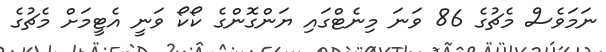
ނަމަވެސް މެޗުގެ 86 ވަނަ މިނެޓްގައި ޔަންގޮންގެ ކޯކޯ ވަނީ އެޓީމަށް މެޗުގެ